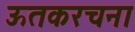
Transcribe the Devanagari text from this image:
ऊतकरचना